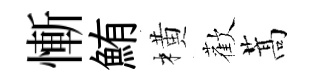
慚鮪橫歡蒿